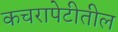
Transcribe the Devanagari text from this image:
कचरापेटीतील